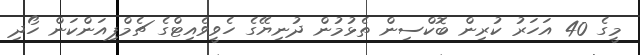
މީގެ 40 އަހަރު ކުރިން ބޮކްސިން ތެޅުމުން ދުނިޔޭގެ ހެވީވެއިޓްގެ ޗެމްޕިއަންކަން ހޯދި